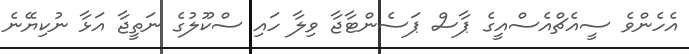
އެހެންވެ ސީއެޗްއެސްއީގެ ޕާސް ޕަސެންޓާޖާ ވިލާ ހައި ސްކޫލުގެ ނަތީޖާ އަޅާ ނުކިޔޭނެ